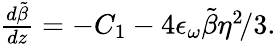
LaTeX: \begin{array}{rlr}{\frac{d\tilde{\beta}}{dz}=-C_{1}-4\epsilon_{\omega}\tilde{\beta}\eta^{2}\! /3.}\end{array}